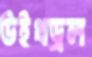
উইথড্রল